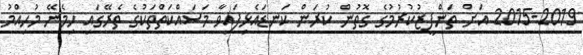
2015-2019 އަށް ތަންފީޒުކުރުމުގެ ގޮތުން ކުރަން ކަނޑައެޅިފައިވާ މަސައްކަތްތަކުގެ ތެރޭގައި ހިމެނޭ މުހިއްމު